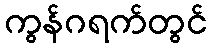
ကွန်ဂရက်တွင်